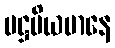
ပဋ္ဌပိယမာနေ